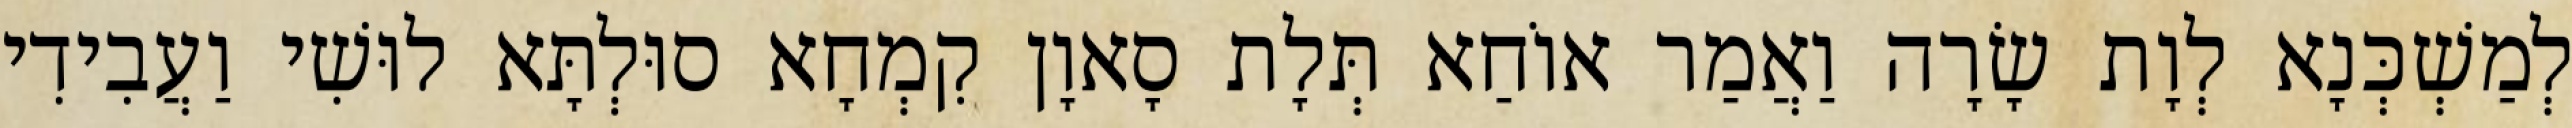
לְמַשְׁכְּנָא לְוָת שָׂרָה וַאֲמַר אוֹחַא תְּלָת סָאוָן קִמְחָא סוּלְתָּא לוּשִׁי וַעֲבִידִי